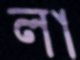
লা